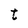
Character: t